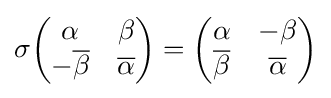
\displaystyle {\sigma {\begin{pmatrix}\alpha &\beta \\-{\overline {\beta }}&{\overline {\alpha }}\end{pmatrix}}={\begin{pmatrix}\alpha &-\beta \\{\overline {\beta }}&{\overline {\alpha }}\end{pmatrix}}}